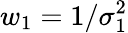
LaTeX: w_{1}=1/\sigma_{1}^{2}